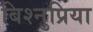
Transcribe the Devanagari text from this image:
बिश्नुप्रिया